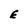
Character: E